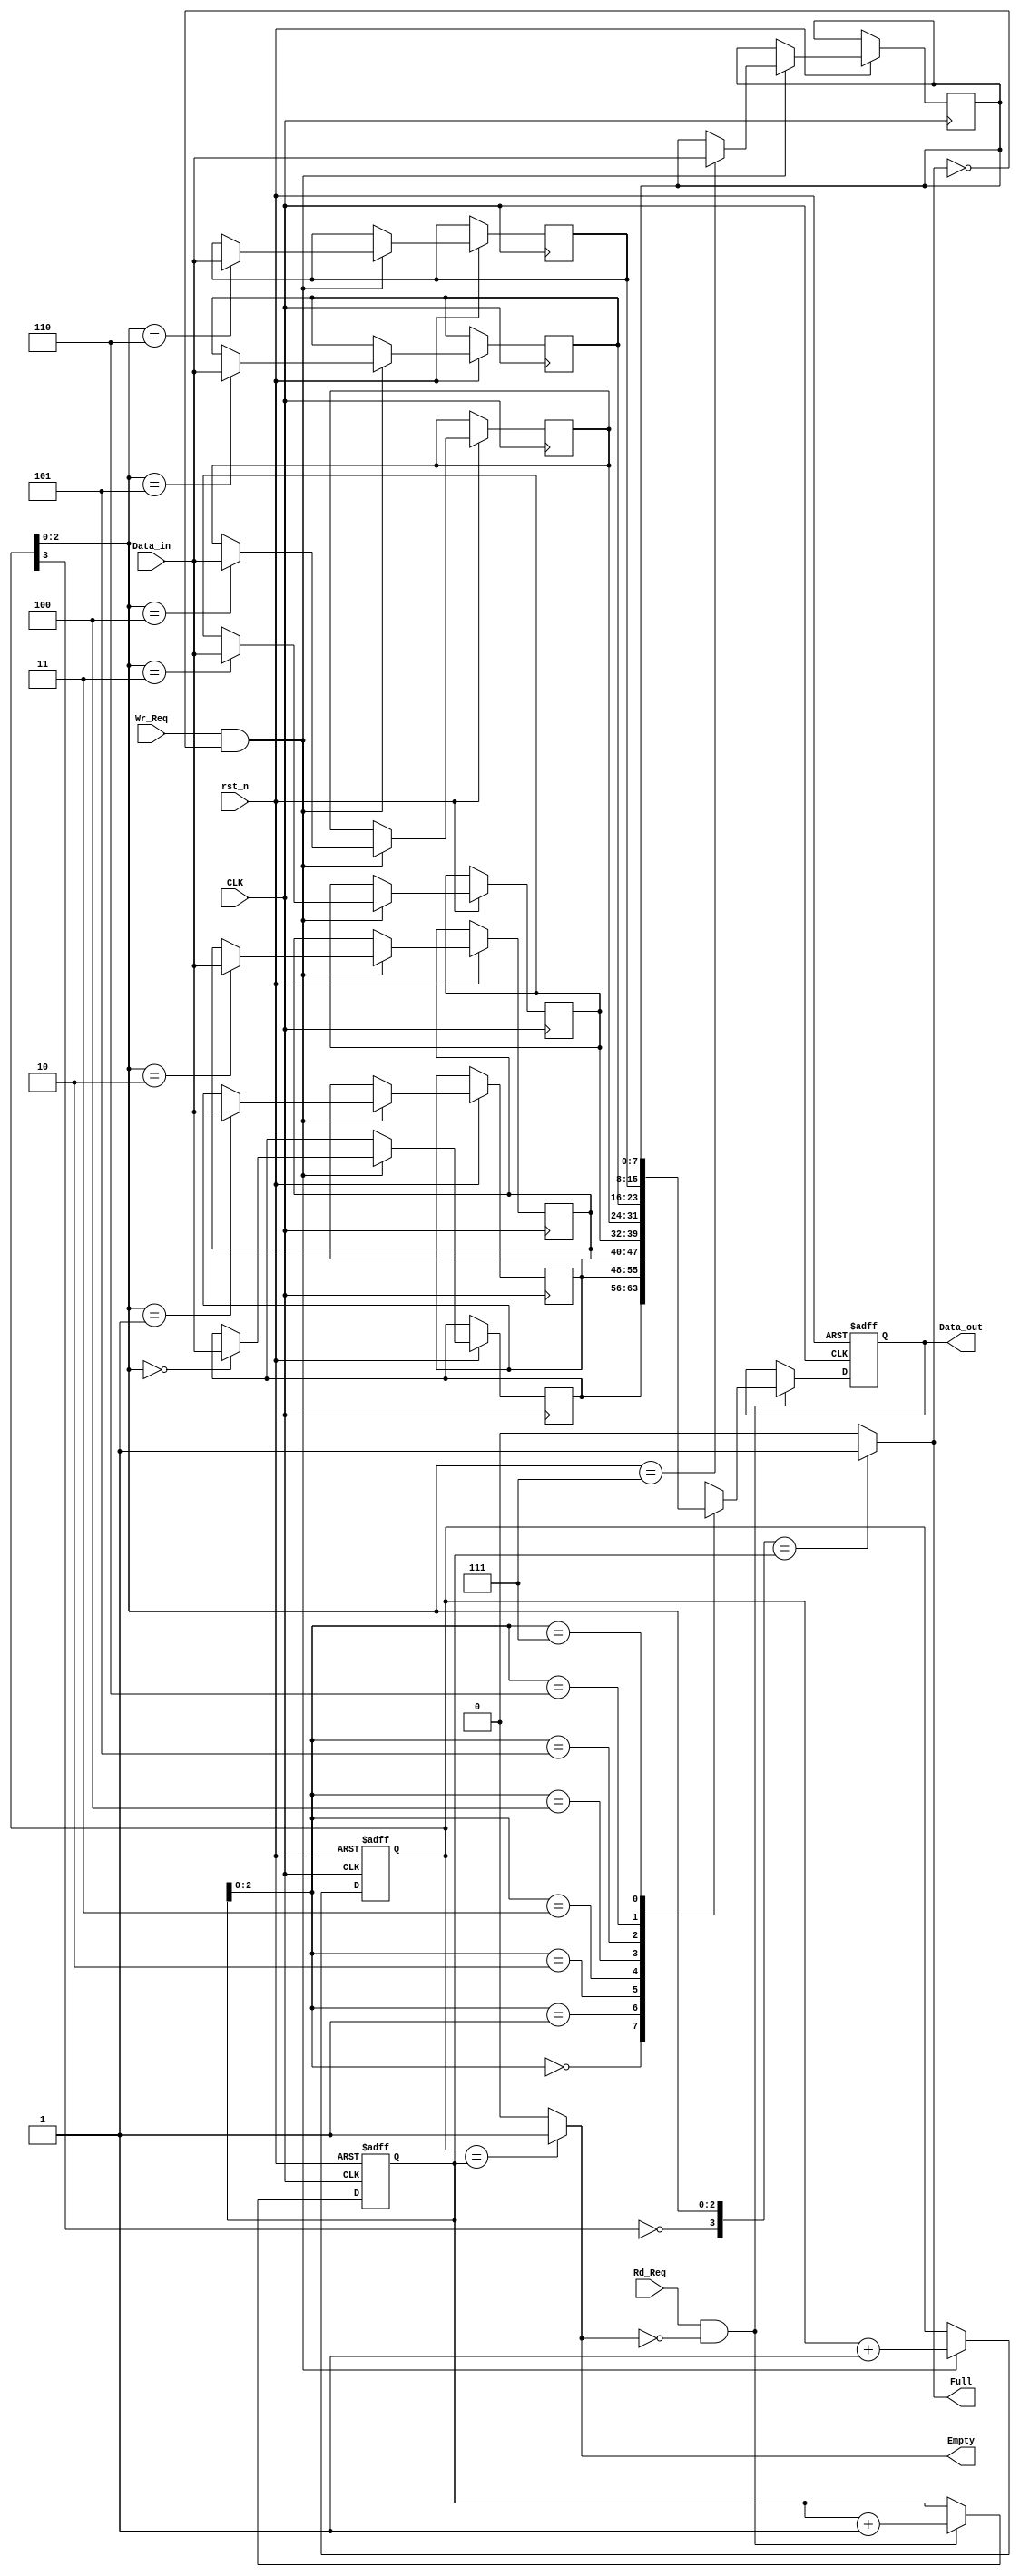
/*
	THIS FIFO IS DESIGNED SUCH THAT READ AND WRITE CLOCK ARE THE SAME DOMAIN WITH SAME FREQUENCY
*/
module SYNC_FIFO #(
	parameter FIFO_WIDTH    = 8,
	parameter FIFO_DEPTH    = 8,
	parameter POINTER_WIDTH = $clog2(FIFO_DEPTH)
)
(
	// INPUT
	input  wire 				 rst_n,
	input  wire                  CLK,
	input  wire [FIFO_WIDTH-1:0] Data_in,
	input  wire 				 Wr_Req,
	input  wire 				 Rd_Req,

	// OUTPUT
	output reg [FIFO_WIDTH-1:0]  Data_out,
	output wire                  Full,
	output wire                  Empty
);

// Pointers for Write and Read
reg [POINTER_WIDTH:0] wptr;
reg [POINTER_WIDTH:0] rptr;

// Full - Empty Conditions
assign Full  = ({!wptr[POINTER_WIDTH],wptr[POINTER_WIDTH-1:0]} == rptr)? 1'b1:1'b0;

assign Empty = (wptr == rptr)? 1'b1:1'b0;

// FIFO Memory Buffer
reg [FIFO_WIDTH-1:0] FIFO_MEM [FIFO_DEPTH-1:0];

// Write Into FIFO MEM
always @(posedge CLK,negedge rst_n) begin
	if (!rst_n) begin
		wptr <= 1'b0;
	end
	else if (Wr_Req && !Full) begin
		FIFO_MEM[wptr[POINTER_WIDTH-1:0]] <= Data_in;
		wptr 		   <= wptr + 1'b1;
	end
end

// Read From FIFO MEM
always @(posedge CLK,negedge rst_n) begin
	if (!rst_n) begin
		rptr     <= 1'b0;
		Data_out <= 'b0;
	end
	else if (Rd_Req && !Empty) begin
		Data_out <= FIFO_MEM[rptr[POINTER_WIDTH-1:0]];
		rptr     <= rptr + 1'b1;
	end
end

endmodule